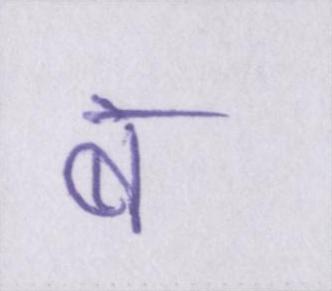
ब